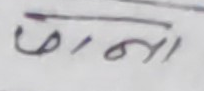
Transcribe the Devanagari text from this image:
लाना